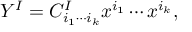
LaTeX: Y ^ { I } = C _ { i _ { 1 } \cdots i _ { k } } ^ { I } x ^ { i _ { 1 } } \cdots x ^ { i _ { k } } ,